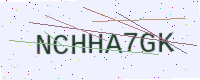
Text: NCHHA7GK